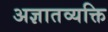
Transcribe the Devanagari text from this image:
अज्ञातव्यक्ति